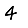
Digit: 4